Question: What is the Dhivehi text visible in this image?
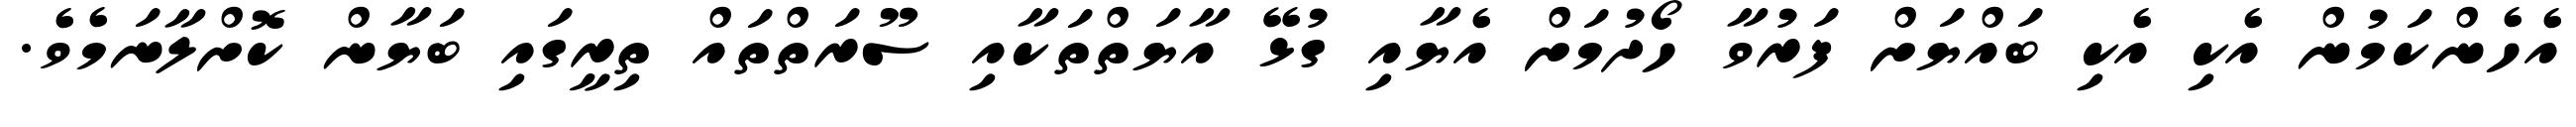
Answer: އެހެންކަމުން އެކި އެކި ބައްޔަށް ފަރުވާ ހޯދުމަށް އެޔާއި ގުޅޭ އާޔަތްތަކާއި ސޫރަތްތައް ތިރީގައި ބަޔާން ކޮށްލާނަމެވެ.